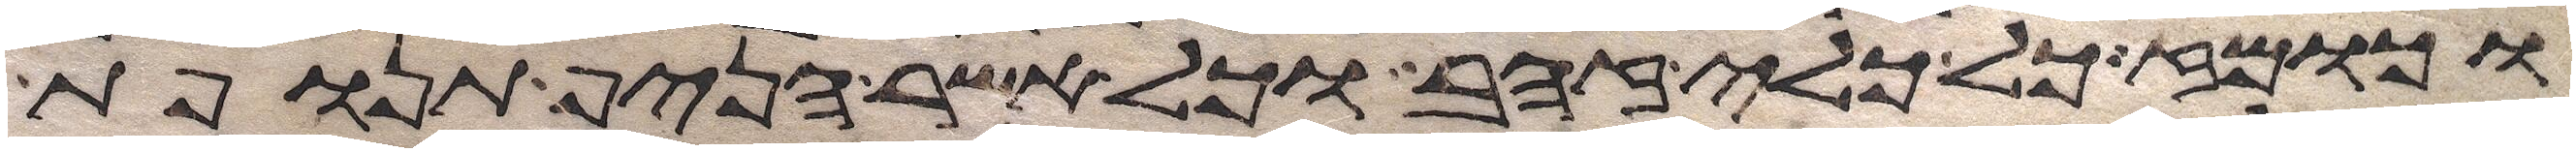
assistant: וכומז כל כלי זהב וכל אשר הניף תנופת